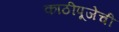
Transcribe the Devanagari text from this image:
काठीपूजेची